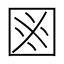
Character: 𱕻